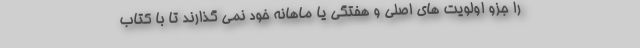
را جزو اولویت های اصلی و هفتگی یا ماهانه خود نمی گذارند تا با کتاب